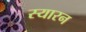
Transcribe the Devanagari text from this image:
स्यारन